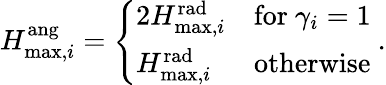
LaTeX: \begin{array}{r}{H_{\mathrm{max},i}^{\mathrm{ang}}=\left\{ \begin{array}{ll}{2H_{\mathrm{max},i}^{\mathrm{rad}}}&{\mathrm{for}\ \gamma_{i}=1}\\ {H_{\mathrm{max},i}^{\mathrm{rad}}}&{\mathrm{otherwise}}\end{array}\right.\ .}\end{array}